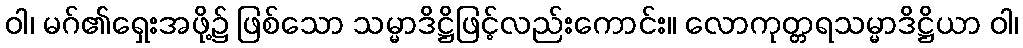
ဝါ၊ မဂ်၏ရှေးအဖို့၌ ဖြစ်သော သမ္မာဒိဋ္ဌိဖြင့်လည်းကောင်း။ လောကုတ္တရသမ္မာဒိဋ္ဌိယာ ဝါ၊